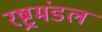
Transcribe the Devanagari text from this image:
रष्ट्रमंडल